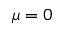
\mu = 0